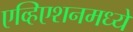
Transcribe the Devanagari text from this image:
एव्हिएशनमध्ये